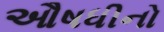
ઔષધીનો